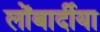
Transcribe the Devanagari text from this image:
लोंबार्दीया